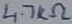
Text: 4.7KΩ